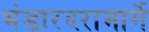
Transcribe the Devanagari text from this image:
भंडारदरामार्गे